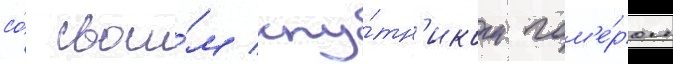
со́ свои́м спу́тн'иком гом'е́ром